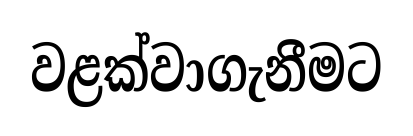
වළක්වාගැනීමට